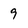
Character: 9